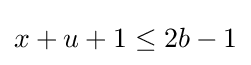
x+u+1\leq 2b-1